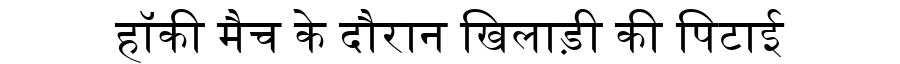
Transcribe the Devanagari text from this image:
हॉकी मैच के दौरान खिलाड़ी की पिटाई